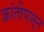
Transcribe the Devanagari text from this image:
क्रांतीपासून